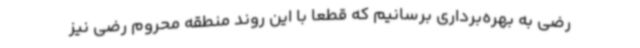
رضی به بهره‌برداری برسانیم که قطعا با این روند منطقه محروم رضی نیز